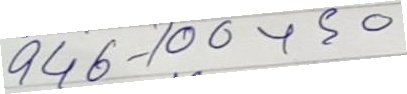
946 - 100 + 50